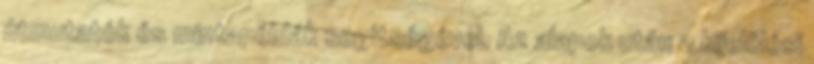
útmutatók és mintapéldák segítségével. Az alapok után a kijelölési